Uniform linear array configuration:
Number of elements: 12
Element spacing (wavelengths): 1
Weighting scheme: kaiser
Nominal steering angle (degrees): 15
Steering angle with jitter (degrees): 15.604
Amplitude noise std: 0.05
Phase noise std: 0.05

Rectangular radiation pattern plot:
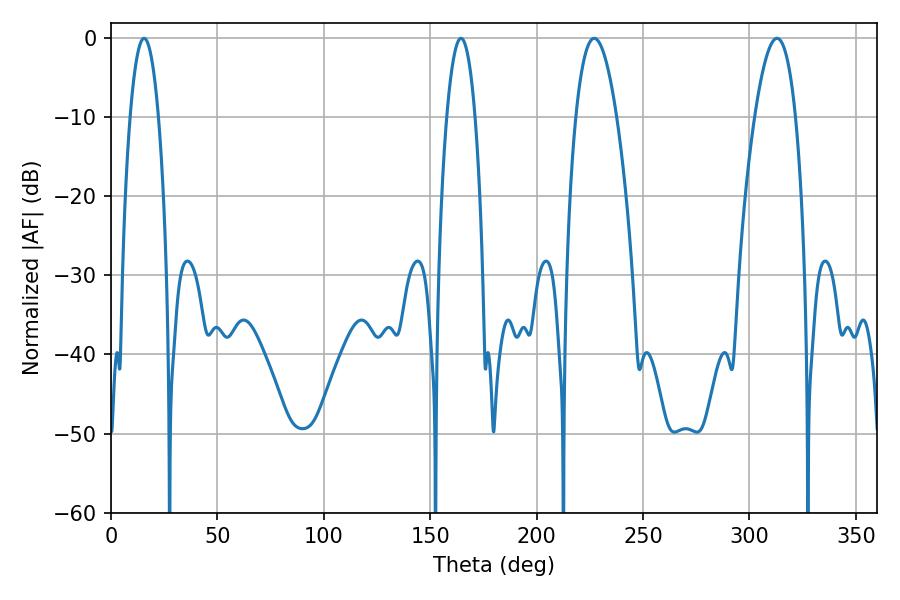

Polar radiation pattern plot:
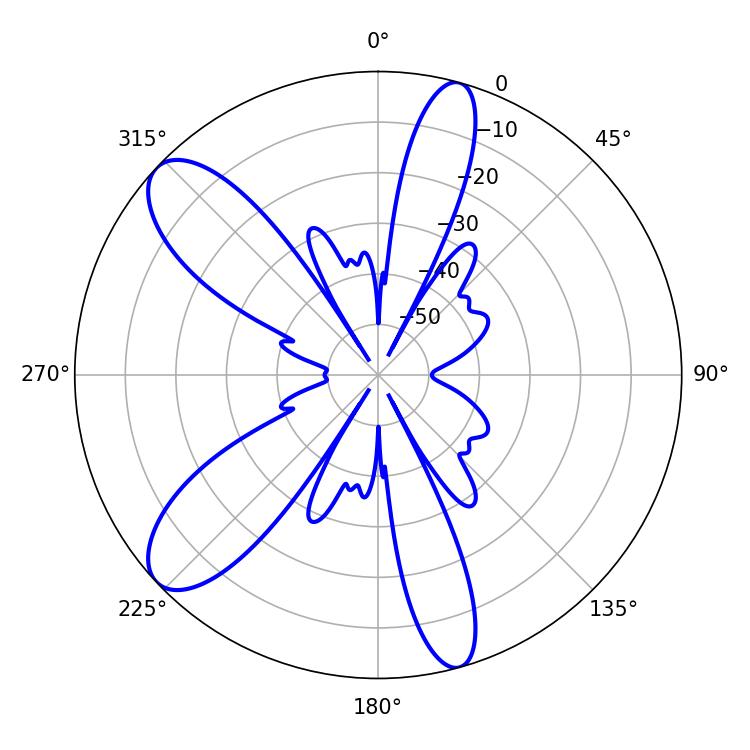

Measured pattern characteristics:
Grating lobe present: TRUE
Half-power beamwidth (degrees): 10.44
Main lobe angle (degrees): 226.98